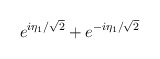
\begin{align*}e^{i\eta_1 /\sqrt{2} } + e^{-i\eta_1 /\sqrt{2}}\end{align*}